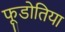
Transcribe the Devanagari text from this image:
फूडोतिया